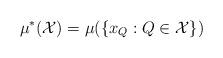
LaTeX: \begin{align*}\mu^*({\mathcal X}) = \mu(\{x_Q:Q \in {\mathcal X}\})\end{align*}